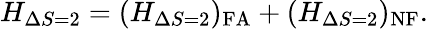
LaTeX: H_{\Delta S=2}=(H_{\Delta S=2})_{\mathrm{FA}}+(H_{\Delta S=2})_{\mathrm{NF}}.